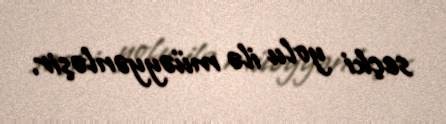
seçki yolu ilə müəyyənləşir.